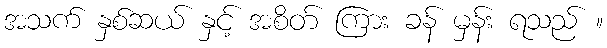
အသက် နှစ်ဆယ် နှင့် အစိတ် ကြား ခန် မှန်း ရသည် ။